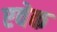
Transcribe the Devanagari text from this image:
एवेक